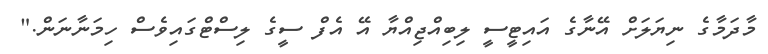
މާދަމާގެ ނިޔަލަށް އޭނާގެ އައިޓީސީ ލިބިއްޖިއްޔާ އޭ އެފް ސީގެ ލިސްޓްގައިވެސް ހިމަނާނަން."